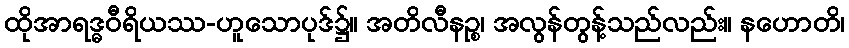
ထိုအာရဒ္ဓဝီရိယဿ-ဟူသောပုဒ်၌။ အတိလီနဉ္စ၊ အလွန်တွန့်သည်လည်း။ နဟောတိ၊